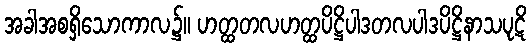
အခါအစရှိသောကာလ၌။ ဟတ္ထတလဟတ္ထပိဋ္ဌိပါဒတလပါဒပိဋ္ဌိနာသပုဋိ